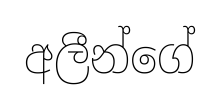
අලීන්ගේ